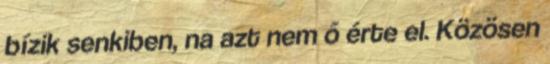
bízik senkiben, na azt nem ő érte el. Közösen